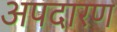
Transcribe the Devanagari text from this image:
अपदारण